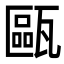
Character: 甌